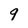
Character: 9